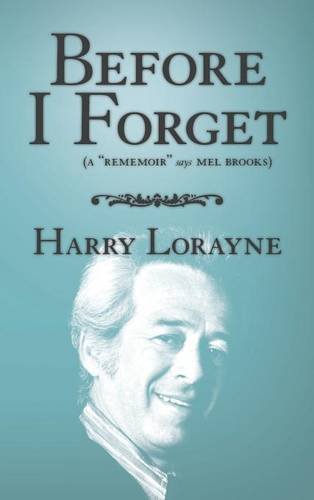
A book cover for Before I Forget; Harry Lorayne; Humor & Entertainment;